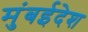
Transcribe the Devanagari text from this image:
मुंबईदेश